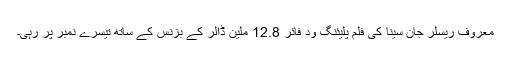
معروف ریسلر جان سینا کی فلم پلیئنگ ود فائر 12.8 ملین ڈالر کے بزنس کے ساتھ تیسرے نمبر پر رہی۔